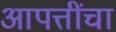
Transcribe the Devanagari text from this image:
आपत्तींचा